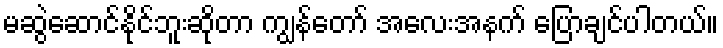
မဆွဲဆောင်နိုင်ဘူးဆိုတာ ကျွန်တော် အလေးအနက် ပြောချင်ပါတယ်။